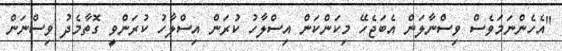
"އެހެންނަމަވެސް ވިސްނާލަން އެބަޖެހޭ މިކަންކަން އިސްލާހު ކުރަން އިސްލާހު ކުރަންވީ ގޮތާމެދު ވިސްނަން